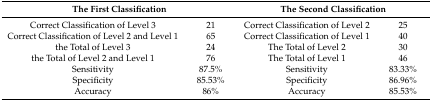
<table><thead><tr><td colspan="2"><b>The First Classification</b></td><td colspan="2"><b>The Second Classification</b></td></tr></thead><tbody><tr><td>Correct Classification of Level 3</td><td>21</td><td>Correct Classification of Level 2</td><td>25</td></tr><tr><td>Correct Classification of Level 2 and Level 1</td><td>65</td><td>Correct Classification of Level 1</td><td>40</td></tr><tr><td>the Total of Level 3</td><td>24</td><td>The Total of Level 2</td><td>30</td></tr><tr><td>the Total of Level 2 and Level 1</td><td>76</td><td>The Total of Level 1</td><td>46</td></tr><tr><td>Sensitivity</td><td>87.5%</td><td>Sensitivity</td><td>83.33%</td></tr><tr><td>Specificity</td><td>85.53%</td><td>Specificity</td><td>86.96%</td></tr><tr><td>Accuracy</td><td>86%</td><td>Accuracy</td><td>85.53%</td></tr></tbody></table>